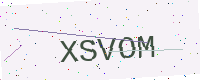
Text: XSVOM